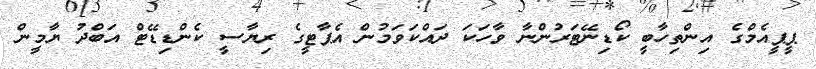
ޕީޕީއެމްގެ އިންތިހާބީ ކޯޑިނޭޓަރުންނާ ވާހަކަ ދައްކަވަމުން އެޕާޓީގެ ރިޔާސީ ކެންޑިޑޭޓް އަބްދު ޔާމީން